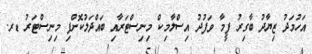
އަހުމަދު ޒިޔާދު ބާގިރު ފީމާ ވަފުދު އިސްލާމިކް މިނިސްޓަރާއި ބައްދަލުކޮށްފި މިނިސްޓަރު ޑރ.